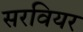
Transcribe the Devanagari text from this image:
सरवियर